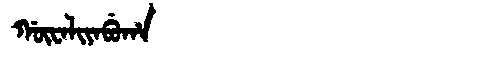
Manchu: ᡤᡡᠸᠠᠯᡳᠶᠠᠪᡠᡥᠠ
Romanization: GŪWALIYABUHA